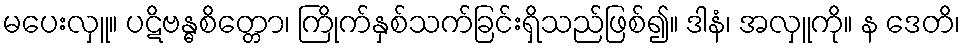
မပေးလှူ။ ပဋိဗန္ဓစိတ္တော၊ ကြိုက်နှစ်သက်ခြင်းရှိသည်ဖြစ်၍။ ဒါနံ၊ အလှူကို။ န ဒေတိ၊